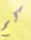
كم